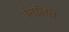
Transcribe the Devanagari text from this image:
मिलित